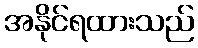
အနိုင်ရထားသည်